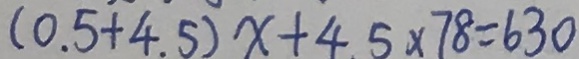
( 0 . 5 + 4 . 5 ) x + 4 . 5 \times 7 8 = 6 3 0